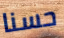
حسنا